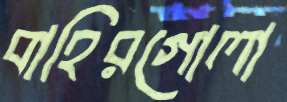
বাহিরগোলা